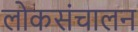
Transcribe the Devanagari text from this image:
लोकसंचालन